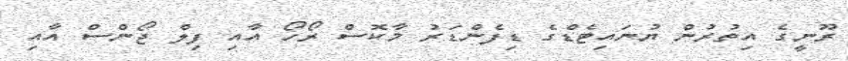
ރޫނީގެ އިތުރުން ޔުނައިޓެޑްގެ ޑިފެންޑަރު މާކޮސް ރޯހޯ އާއި ފިލް ޖޯންސް އާއި